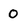
Character: 0